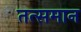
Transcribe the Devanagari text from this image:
तत्समान